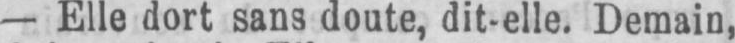
- Elle dort sans doute, dit-elle. Demain,